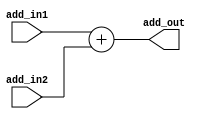
`timescale 1ns / 1ps
//////////////////////////////////////////////////////////////////////////////////
// 
// Module Name:    adder 
//////////////////////////////////////////////////////////////////////////////////
module adder( input [31:0] add_in1, input[31:0] add_in2, output reg[31:0] add_out
    );
	 always @ *
	 begin 
	 add_out = add_in1 + add_in2;
	 end


endmodule